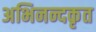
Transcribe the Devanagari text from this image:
अभिनन्दकृत